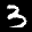
Digit: 3